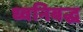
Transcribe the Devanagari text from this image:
ध्वनिबद्ध